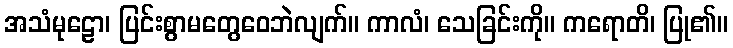
အသံမုဠော၊ ပြင်းစွာမတွေဝေဘဲလျက်။ ကာလံ၊ သေခြင်းကို။ ကရောတိ၊ ပြု၏။